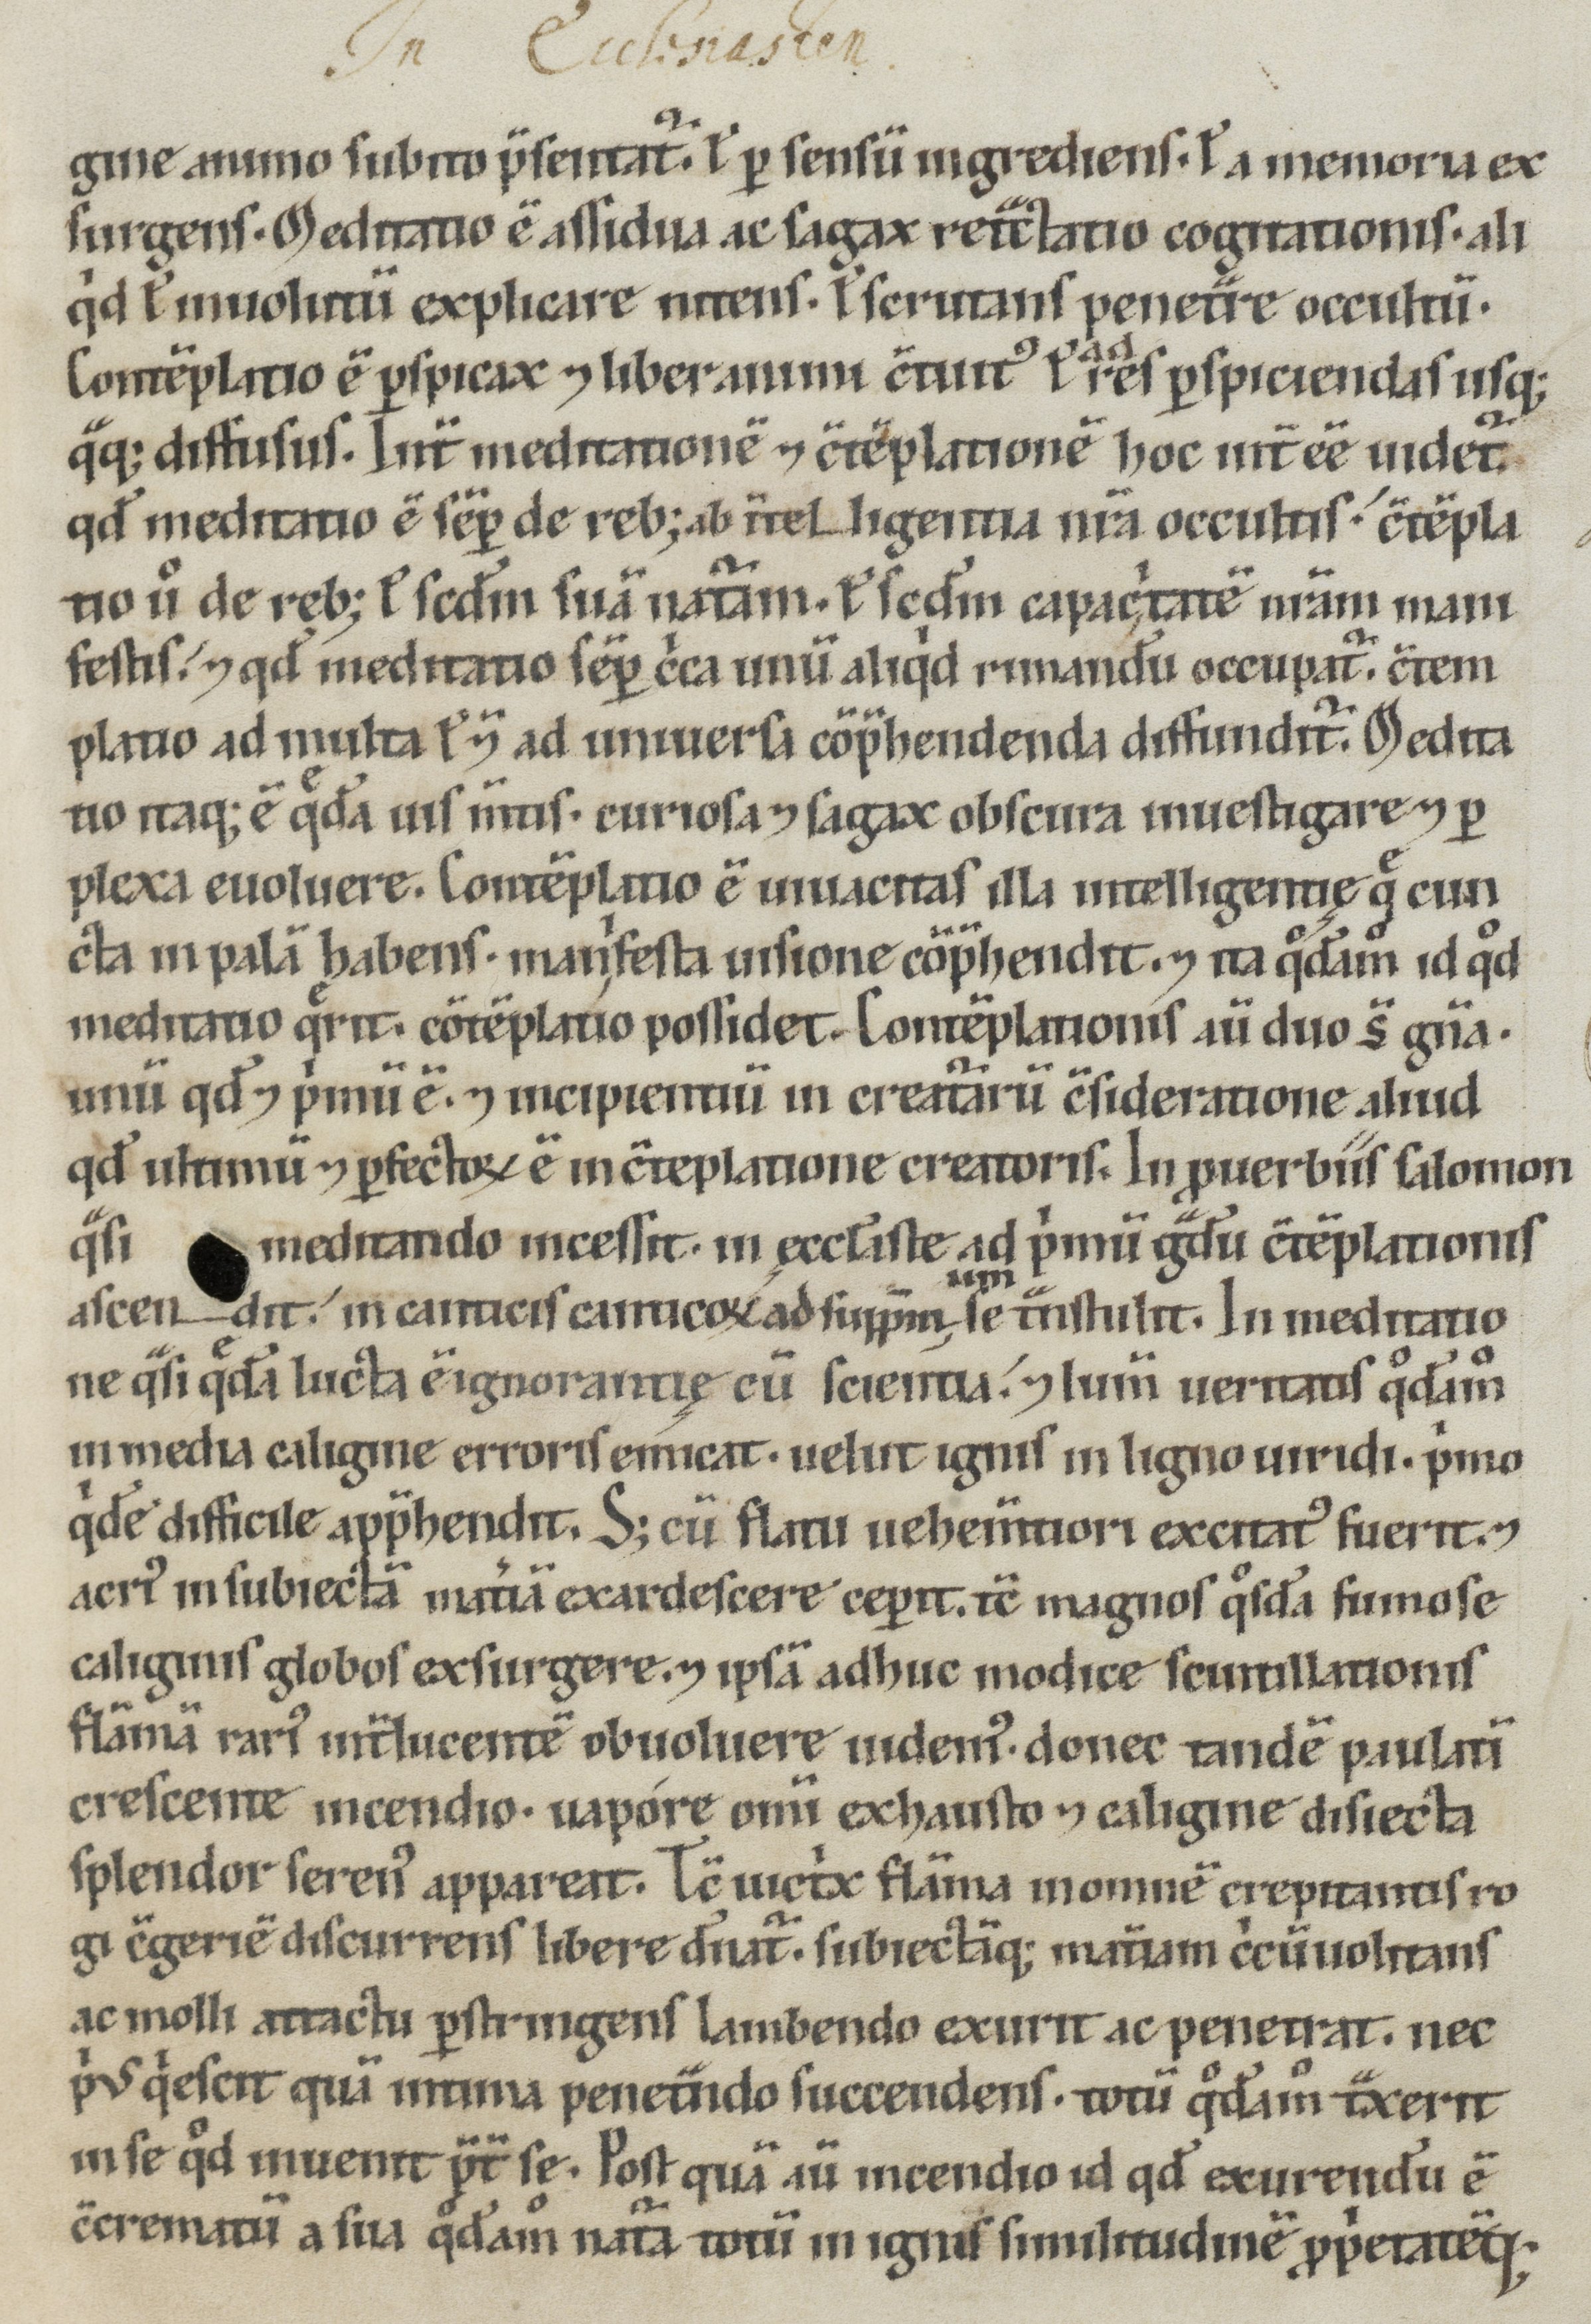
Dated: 1100–1199